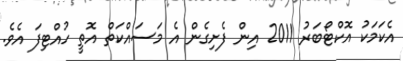
އެކަމަކު އޮކްޓޯބަރު 2011 އިން ފެށިގެން އެ މަސައްކަތް އޮތީ ހުއްޓިފަ އެވެ.